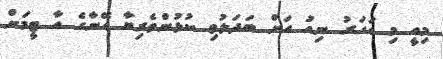
މިއީ މި އަހަރު ނިއު އަށް ބަދަލުވި ކުޅުންތެރިޔާ އޭނާގެ އާ ޓީމަށް